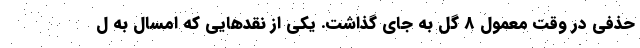
حذفی در وقت معمول 8 گل به جای گذاشت. یکی از نقدهایی که امسال به ل